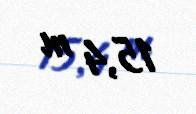
15,4 m